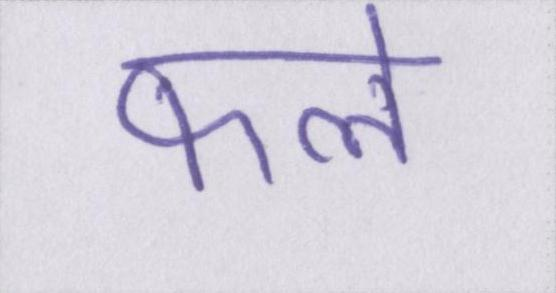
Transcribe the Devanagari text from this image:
फले